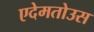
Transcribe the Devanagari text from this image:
एदेमतोउस